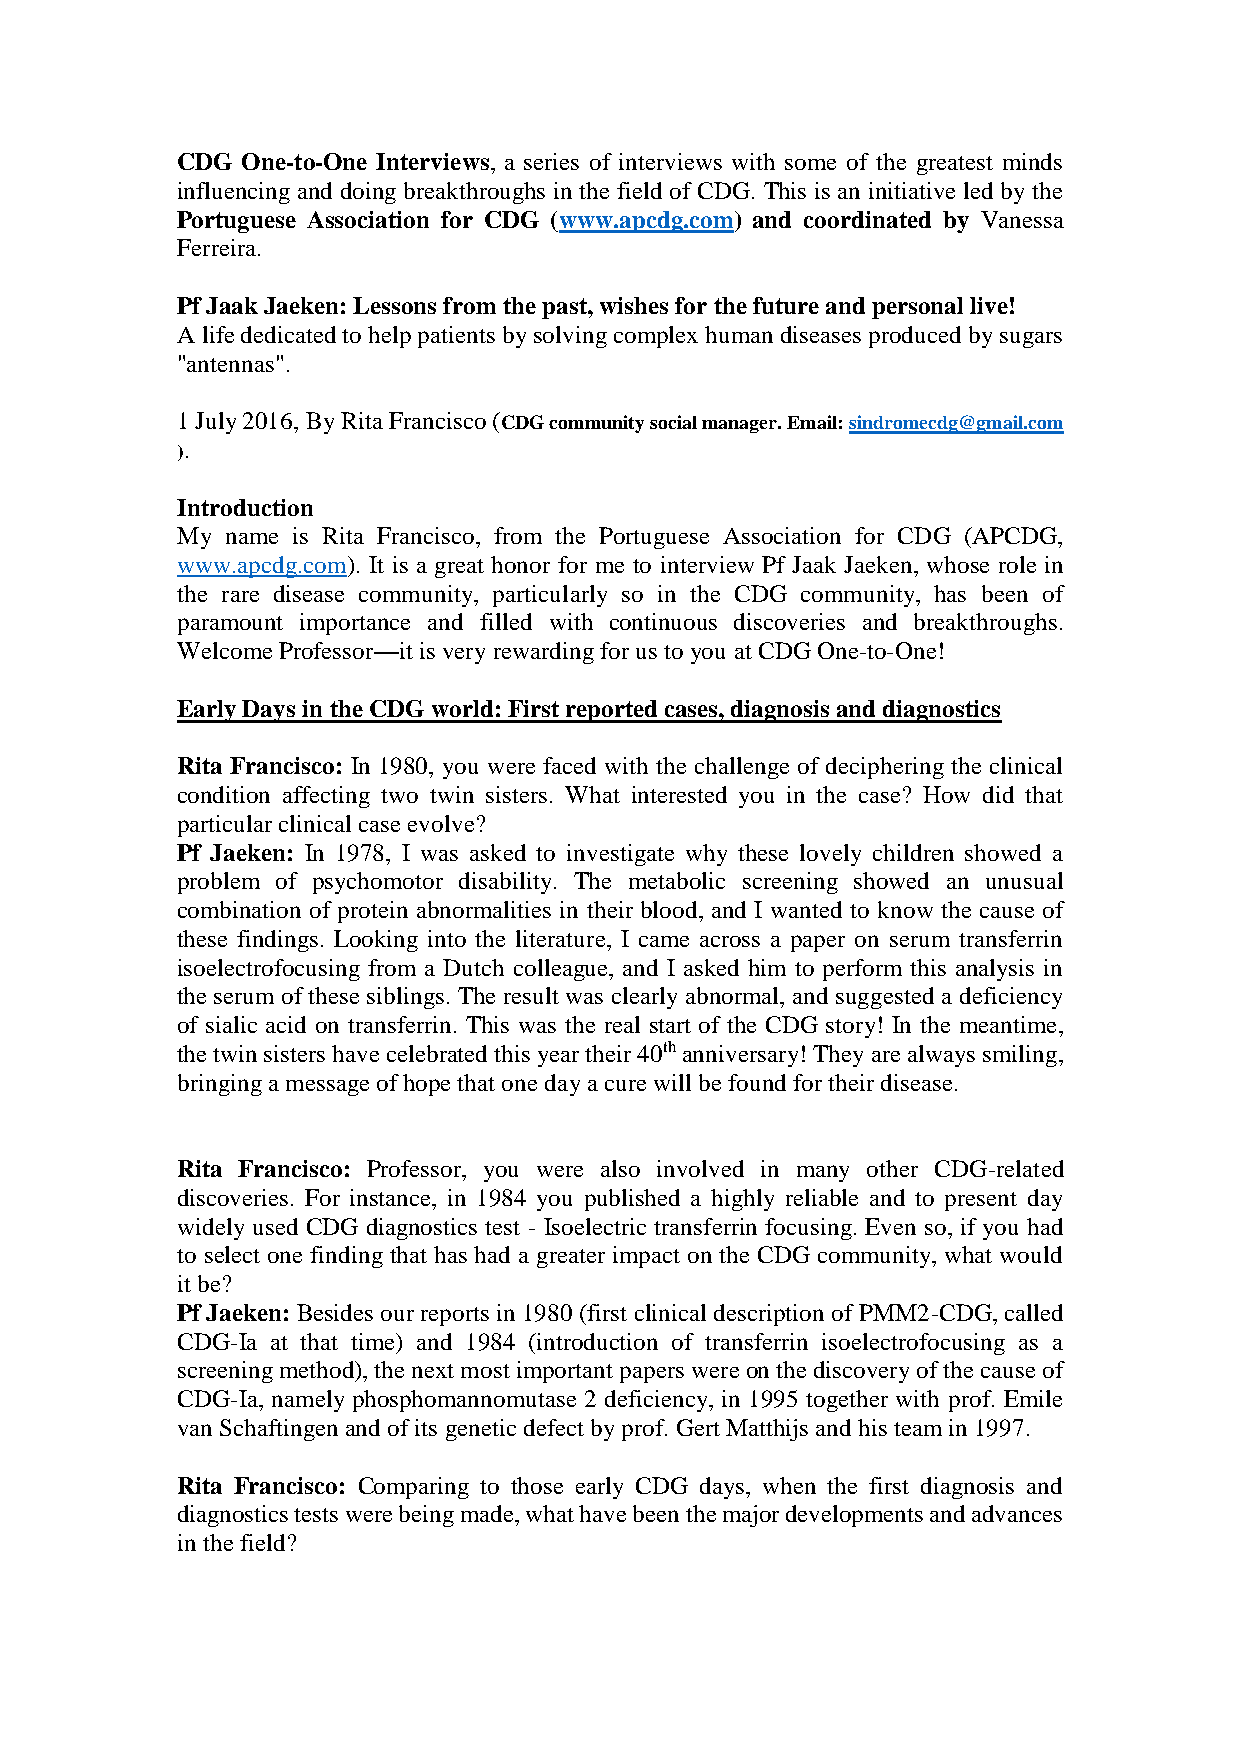
CDG One-to-One Interviews, a series of interviews with some of the greatest minds
 influencing and doing breakthroughs in the field of CDG. This is an initiative led by the
 Portuguese Association for CDG (www.apcdg.com) and coordinated by Vanessa
 Ferreira.
 Pf Jaak Jaeken: Lessons from the past, wishes for the future and personal live!
 A life dedicated to help patients by solving complex human diseases produced by sugars
 "antennas".
 1 July 2016, By Rita Francisco (CDG community social manager. Email: sindromecdg@gmail.com
 ).
 Introduction
 My name is Rita Francisco, from the Portuguese Association for CDG (APCDG,
 www.apcdg.com). It is a great honor for me to interview Pf Jaak Jaeken, whose role in
 the rare disease community, particularly so in the CDG community, has been of
 paramount importance and filled with continuous discoveries and breakthroughs.
 Welcome Professor—it is very rewarding for us to you at CDG One-to-One!
 Early Days in the CDG world: First reported cases, diagnosis and diagnostics
 Rita Francisco: In 1980, you were faced with the challenge of deciphering the clinical
 condition affecting two twin sisters. What interested you in the case? How did that
 particular clinical case evolve?
 Pf Jaeken: In 1978, I was asked to investigate why these lovely children showed a
 problem of psychomotor disability. The metabolic screening showed an unusual
 combination of protein abnormalities in their blood, and I wanted to know the cause of
 these findings. Looking into the literature, I came across a paper on serum transferrin
 isoelectrofocusing from a Dutch colleague, and I asked him to perform this analysis in
 the serum of these siblings. The result was clearly abnormal, and suggested a deficiency
 of sialic acid on transferrin. This was the real start of the CDG story! In the meantime,
 the twin sisters have celebrated this year their 40th anniversary! They are always smiling,
 bringing a message of hope that one day a cure will be found for their disease.
 Rita Francisco: Professor, you were also involved in many other CDG-related
 discoveries. For instance, in 1984 you published a highly reliable and to present day
 widely used CDG diagnostics test - Isoelectric transferrin focusing. Even so, if you had
 to select one finding that has had a greater impact on the CDG community, what would
 it be?
 Pf Jaeken: Besides our reports in 1980 (first clinical description of PMM2-CDG, called
 CDG-Ia at that time) and 1984 (introduction of transferrin isoelectrofocusing as a
 screening method), the next most important papers were on the discovery of the cause of
 CDG-Ia, namely phosphomannomutase 2 deficiency, in 1995 together with prof. Emile
 van Schaftingen and of its genetic defect by prof. Gert Matthijs and his team in 1997.
 Rita Francisco: Comparing to those early CDG days, when the first diagnosis and
 diagnostics tests were being made, what have been the major developments and advances
 in the field?